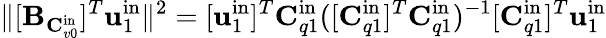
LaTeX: \| [\mathbf{B}_{\mathbf{C}_{v0}^{\mathrm{in}}}]^{T}\mathbf{u}_{1}^{\mathrm{in}}\| ^{2}=[\mathbf{u}_{1}^{\mathrm{in}}]^{T}\mathbf{C}_{q1}^{\mathrm{in}}([\mathbf{C}_{q1}^{\mathrm{in}}]^{T}\mathbf{C}_{q1}^{\mathrm{in}})^{-1}[\mathbf{C}_{q1}^{\mathrm{in}}]^{T}\mathbf{u}_{1}^{\mathrm{in}}